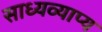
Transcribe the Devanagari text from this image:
साध्यव्याप्य